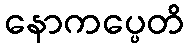
နောကပ္ပေတိ